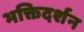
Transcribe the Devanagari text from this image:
भक्तिदर्शन